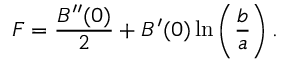
F = \frac { B ^ { \prime \prime } ( 0 ) } { 2 } + B ^ { \prime } ( 0 ) \ln \left( \frac { b } { a } \right) .